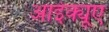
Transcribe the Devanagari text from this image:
आईक्यूए